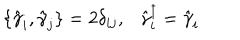
LaTeX: \{ \hat { \gamma } _ { i } , \hat { \gamma } _ { j } \} = 2 { \delta } _ { i j } , \ \ \ \hat { \gamma } _ { i } ^ { \dagger } = \hat { \gamma } _ { i }